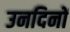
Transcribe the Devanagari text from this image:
उनदिनों